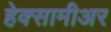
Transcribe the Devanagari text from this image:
हेक्सामीअर